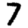
Digit: 7